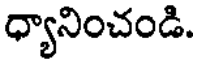
ధ్యానించండి.